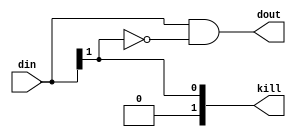
module base_prienc_hp#
  (parameter ways=2
   )
   (
    input [0:ways-1]  din,
    output [0:ways-1] dout,
    output [0:ways-1] kill
    );
   assign kill[0] = 1'b0;
   generate
      if (ways > 1)
	begin : gen1 
	   assign kill[1:ways-1] = din[0:ways-2] | kill[0:ways-2];
	end
   endgenerate
   assign dout = din & ~kill;

endmodule